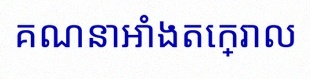
គណនាអាំងតេក្រាល